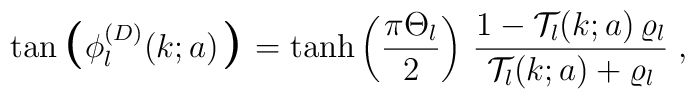
\tan \mbox{\boldmath\Large  $\left(  \right.$ } \! \! \!  \phi_{l}^{(D)} (k; a)\mbox{\boldmath\Large  $\left.  \right)$ } \! \!=\tanh \left( \frac{\pi \Theta_{l}}{2} \right)\,\frac{ 1 - {\mathcal T}_{l} (k;a) \, \varrho_{l} }{ {\mathcal T}_{l} (k;a) + \varrho_{l} }\;  ,